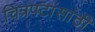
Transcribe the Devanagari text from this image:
चित्रपटांसांठी